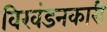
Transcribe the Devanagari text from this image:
विखंडनकारी